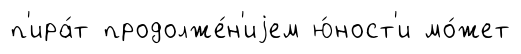
п'ира́т продолже́н'иjем ю́ност'и мо́жет